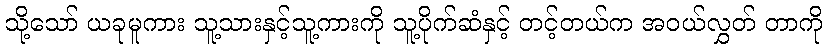
သို့သော် ယခုမူကား သူ့သားနှင့်သူ့ကားကို သူ့ပိုက်ဆံနှင့် တင့်တယ်က အဝယ်လွှတ် တာကို